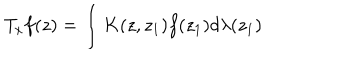
LaTeX: T _ { x } f ( z ) = \int K ( z , z _ { 1 } ) f ( z _ { 1 } ) d \lambda ( z _ { 1 } )